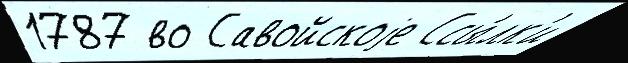
1787 во Савойскоjе Ссы́лк'и